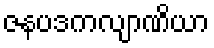
ဇနပဒကလျာဏိယာ